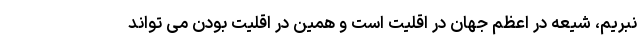
نبریم، شیعه در اعظم جهان در اقلیت است و همین در اقلیت بودن می تواند